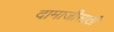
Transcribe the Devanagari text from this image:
दामाजीसाठी